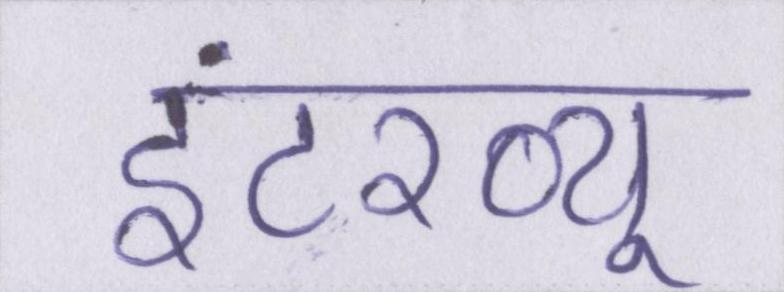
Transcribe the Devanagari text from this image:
इंटरव्यू